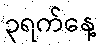
၃ရက်နေ့